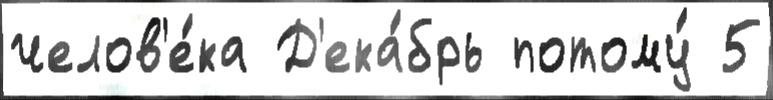
челов'е́ка Д'ека́брь потому́ 5